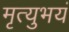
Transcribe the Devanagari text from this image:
मृत्युभयं